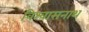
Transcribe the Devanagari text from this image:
विश्वासनाथ